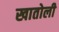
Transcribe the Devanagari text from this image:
खातोली